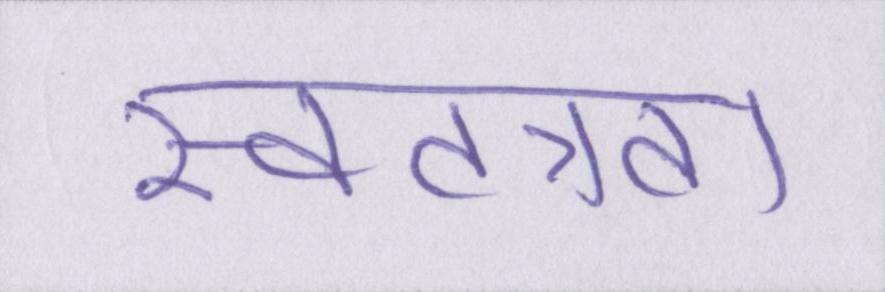
स्वतत्रता